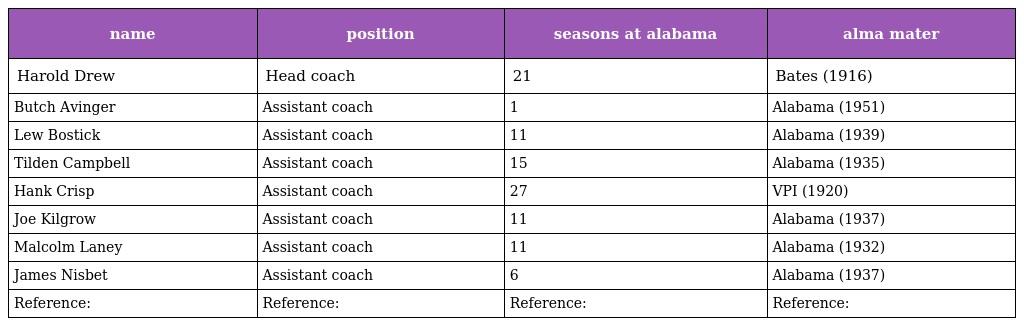
| name | position | seasons at alabama | alma mater |
 | --- | --- | --- | --- |
 | Harold Drew | Head coach | 21 | Bates (1916) |
 | Butch Avinger | Assistant coach | 1 | Alabama (1951) |
 | Lew Bostick | Assistant coach | 11 | Alabama (1939) |
 | Tilden Campbell | Assistant coach | 15 | Alabama (1935) |
 | Hank Crisp | Assistant coach | 27 | VPI (1920) |
 | Joe Kilgrow | Assistant coach | 11 | Alabama (1937) |
 | Malcolm Laney | Assistant coach | 11 | Alabama (1932) |
 | James Nisbet | Assistant coach | 6 | Alabama (1937) |
 | Reference: | Reference: | Reference: | Reference: |